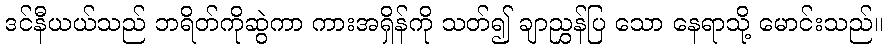
ဒင်နီယယ်သည် ဘရိတ်ကိုဆွဲကာ ကားအရှိန်ကို သတ်၍ ချာညွှန်ပြ သော နေရာသို့ မောင်းသည်။